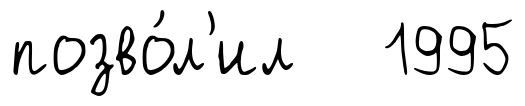
позво́л'ил 1995